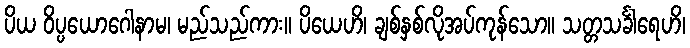
ပိယ ဝိပ္ပယောဂေါနာမ၊ မည်သည်ကား။ ပိယေဟိ၊ ချစ်နှစ်လိုအပ်ကုန်သော။ သတ္တသင်္ခါရေဟိ၊